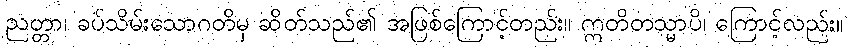
ညတ္တာ၊ ခပ်သိမ်းသောဂတိမှ ဆိတ်သည်၏ အဖြစ်ကြောင့်တည်း။ ဣတိတသ္မာပိ၊ ကြောင့်လည်း။